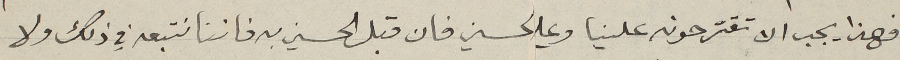
فهذا يجب ان تقترحونه علينا وعلي لحسين فان قبل الحسين به فاننا نتبعه في ذلك ولا